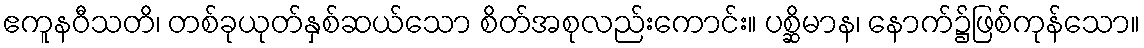
ဧကူနဝီသတိ၊ တစ်ခုယုတ်နှစ်ဆယ်သော စိတ်အစုလည်းကောင်း။ ပစ္ဆိမာန၊ နောက်၌ဖြစ်ကုန်သော။